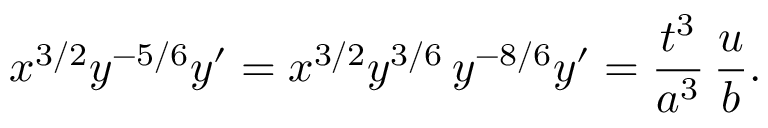
x ^ { 3 / 2 } y ^ { - 5 / 6 } y ^ { \prime } = x ^ { 3 / 2 } y ^ { 3 / 6 } \, y ^ { - 8 / 6 } y ^ { \prime } = \frac { t ^ { 3 } } { a ^ { 3 } } \, \frac { u } { b } .